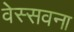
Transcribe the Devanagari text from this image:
वेस्सवना